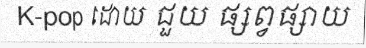
K-pop ដោយ ជួយ ផ្សព្វផ្សាយ